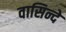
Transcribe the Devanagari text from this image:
वासिन्दे